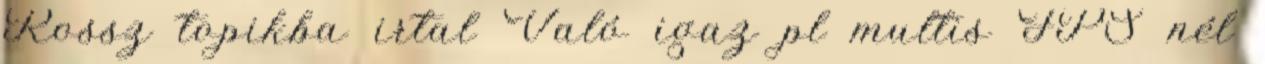
Rossz topikba irtal Való igaz pl multis FPS nél